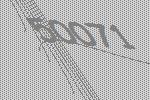
50071